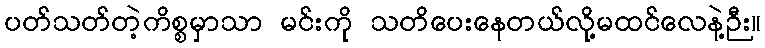
ပတ်သတ်တဲ့ကိစ္စမှာသာ မင်းကို သတိပေးနေတယ်လို့မထင်လေနဲ့ဉီး။